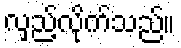
လှည့်လိုက်သည်။